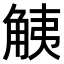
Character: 𧣧